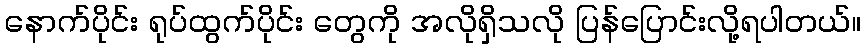
နောက်ပိုင်း ရုပ်ထွက်ပိုင်း တွေကို အလိုရှိသလို ပြန်ပြောင်းလို့ရပါတယ်။